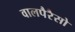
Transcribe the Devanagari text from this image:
वालपैरैसो